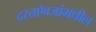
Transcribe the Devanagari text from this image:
दस्तऐवजांमधील